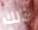
ذلك